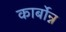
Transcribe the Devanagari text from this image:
कार्बोन्न